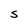
Character: S